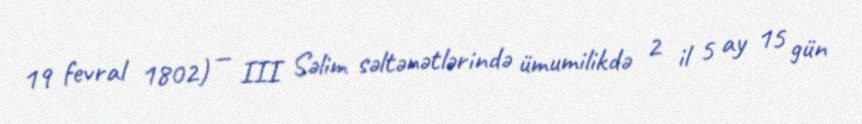
19 fevral 1802) — III Səlim səltənətlərində ümumilikdə 2 il 5 ay 15 gün